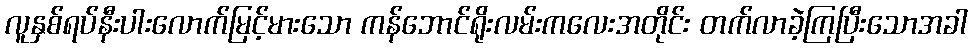
လူနှစ်ရပ်နီးပါးလောက်မြင့်မားသော ကန်ဘောင်ရိုးလမ်းကလေးအတိုင်း တက်လာခဲ့ကြပြီးသောအခါ